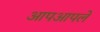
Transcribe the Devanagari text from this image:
आपआपले